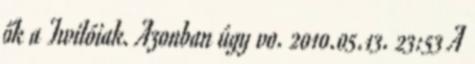
ők a Twilóiak. Azonban úgy vo. 2010.05.13. 23:53 A